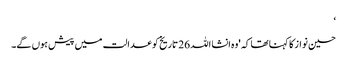
‘
حسین نواز کا کہنا تھا کہ 'وہ انشا اللہ 26 تاریخ کو عدالت میں پیش ہوں گے۔